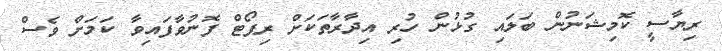
ރިޔާސީ ކޮމިޝަނުން ބަލައި ގުޅުން ހުރި އިދާރާތަކަށް ރިޕޯޓް ފޮނުވާފައިވާ ކަމަށް ވެސް